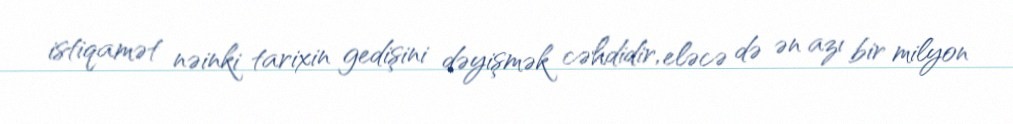
istiqamət nəinki tarixin gedişini dəyişmək cəhdidir, eləcə də ən azı bir milyon